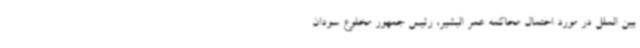
بین الملل در مورد احتمال محاکمه عمر البشیر، رئیس جمهور مخلوع سودان